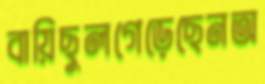
বায়িছুলগেড়েছেনঅ